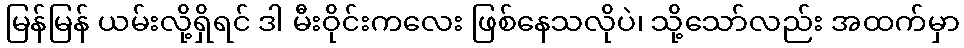
မြန်မြန် ယမ်းလို့ရှိရင် ဒါ မီးဝိုင်းကလေး ဖြစ်နေသလိုပဲ၊ သို့သော်လည်း အထက်မှာ